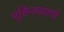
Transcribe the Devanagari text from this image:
मुक्तिलढयाचे